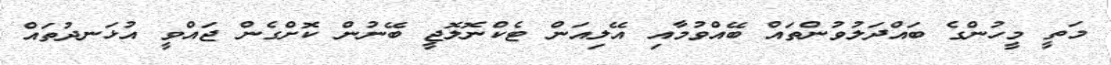
މަތީ މީހުންގެ ބައްދަލުވުންތައް ބޭއްވުމާއި އޭލިއަން ޓެކްނޮލޮޖީ ބޭނުން ކޮށްގެން ޖައްވީ އުޅަނދުތައް